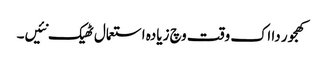
کھجور دا اک وقت وچ زیادہ استعمال ٹھیک نئیں۔